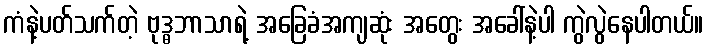
ကံနဲ့ပတ်သက်တဲ့ ဗုဒ္ဓဘာသာရဲ့ အခြေခံအကျဆုံး အတွေး အခေါ်နဲ့ပါ ကွဲလွဲနေပါတယ်။